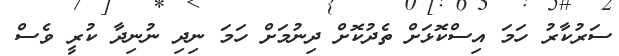
ސަރުކާރު ހަމަ އިސްކޮޅަށް ތެދުކޮށް ދިނުމަށް ހަމަ ނިދި ނުނިދާ ކުރީ ވެސް